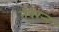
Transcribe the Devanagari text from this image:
नवरर्‍न